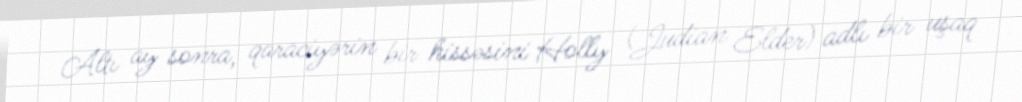
Altı ay sonra, qaraciyərin bir hissəsini Holly (Judian Elder) adlı bir uşaq